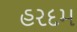
હરદમ